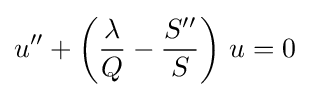
u''+\left({\frac {\lambda }{Q}}-{\frac {S''}{S}}\right)\,u=0